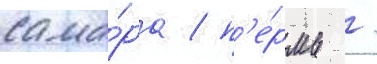
сама́ра / п'е́рмь /